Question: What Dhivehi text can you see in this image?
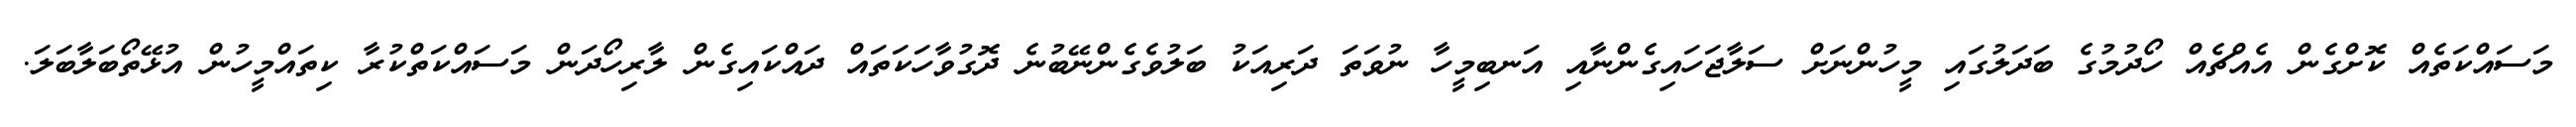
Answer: މަސައްކަތެއް ކޮށްގެން އެއްޗެއް ހޯދުމުގެ ބަދަލުގައި މީހުންނަށް ސަލާޖަހައިގެންނާއި އަނބިމީހާ ނުވަތަ ދަރިއަކު ބަލުވެގެންނޭބުނެ ދޮގުވާހަކަތައް ދައްކައިގެން ލާރިހޯދަން މަސައްކަތްކުރާ ކިތައްމީހުން އުޅޭތޯބަލާބަލަ.